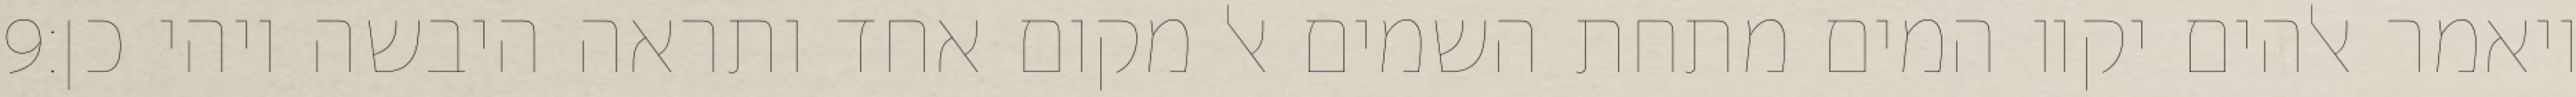
‎9‏ ויאמר אלהים יקוו המים מתחת השמים אל מקום אחד ותראה היבשה ויהי כן׃